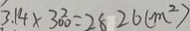
3 . 1 4 \times 3 ^ { 2 } 0 0 = 2 8 2 6 ( m ^ { 2 } )